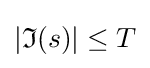
|{\mathfrak {I}}(s)|\leq T